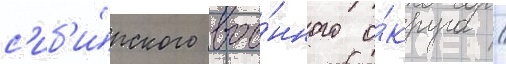
с'иб'и́рского вое́нного о́круга /